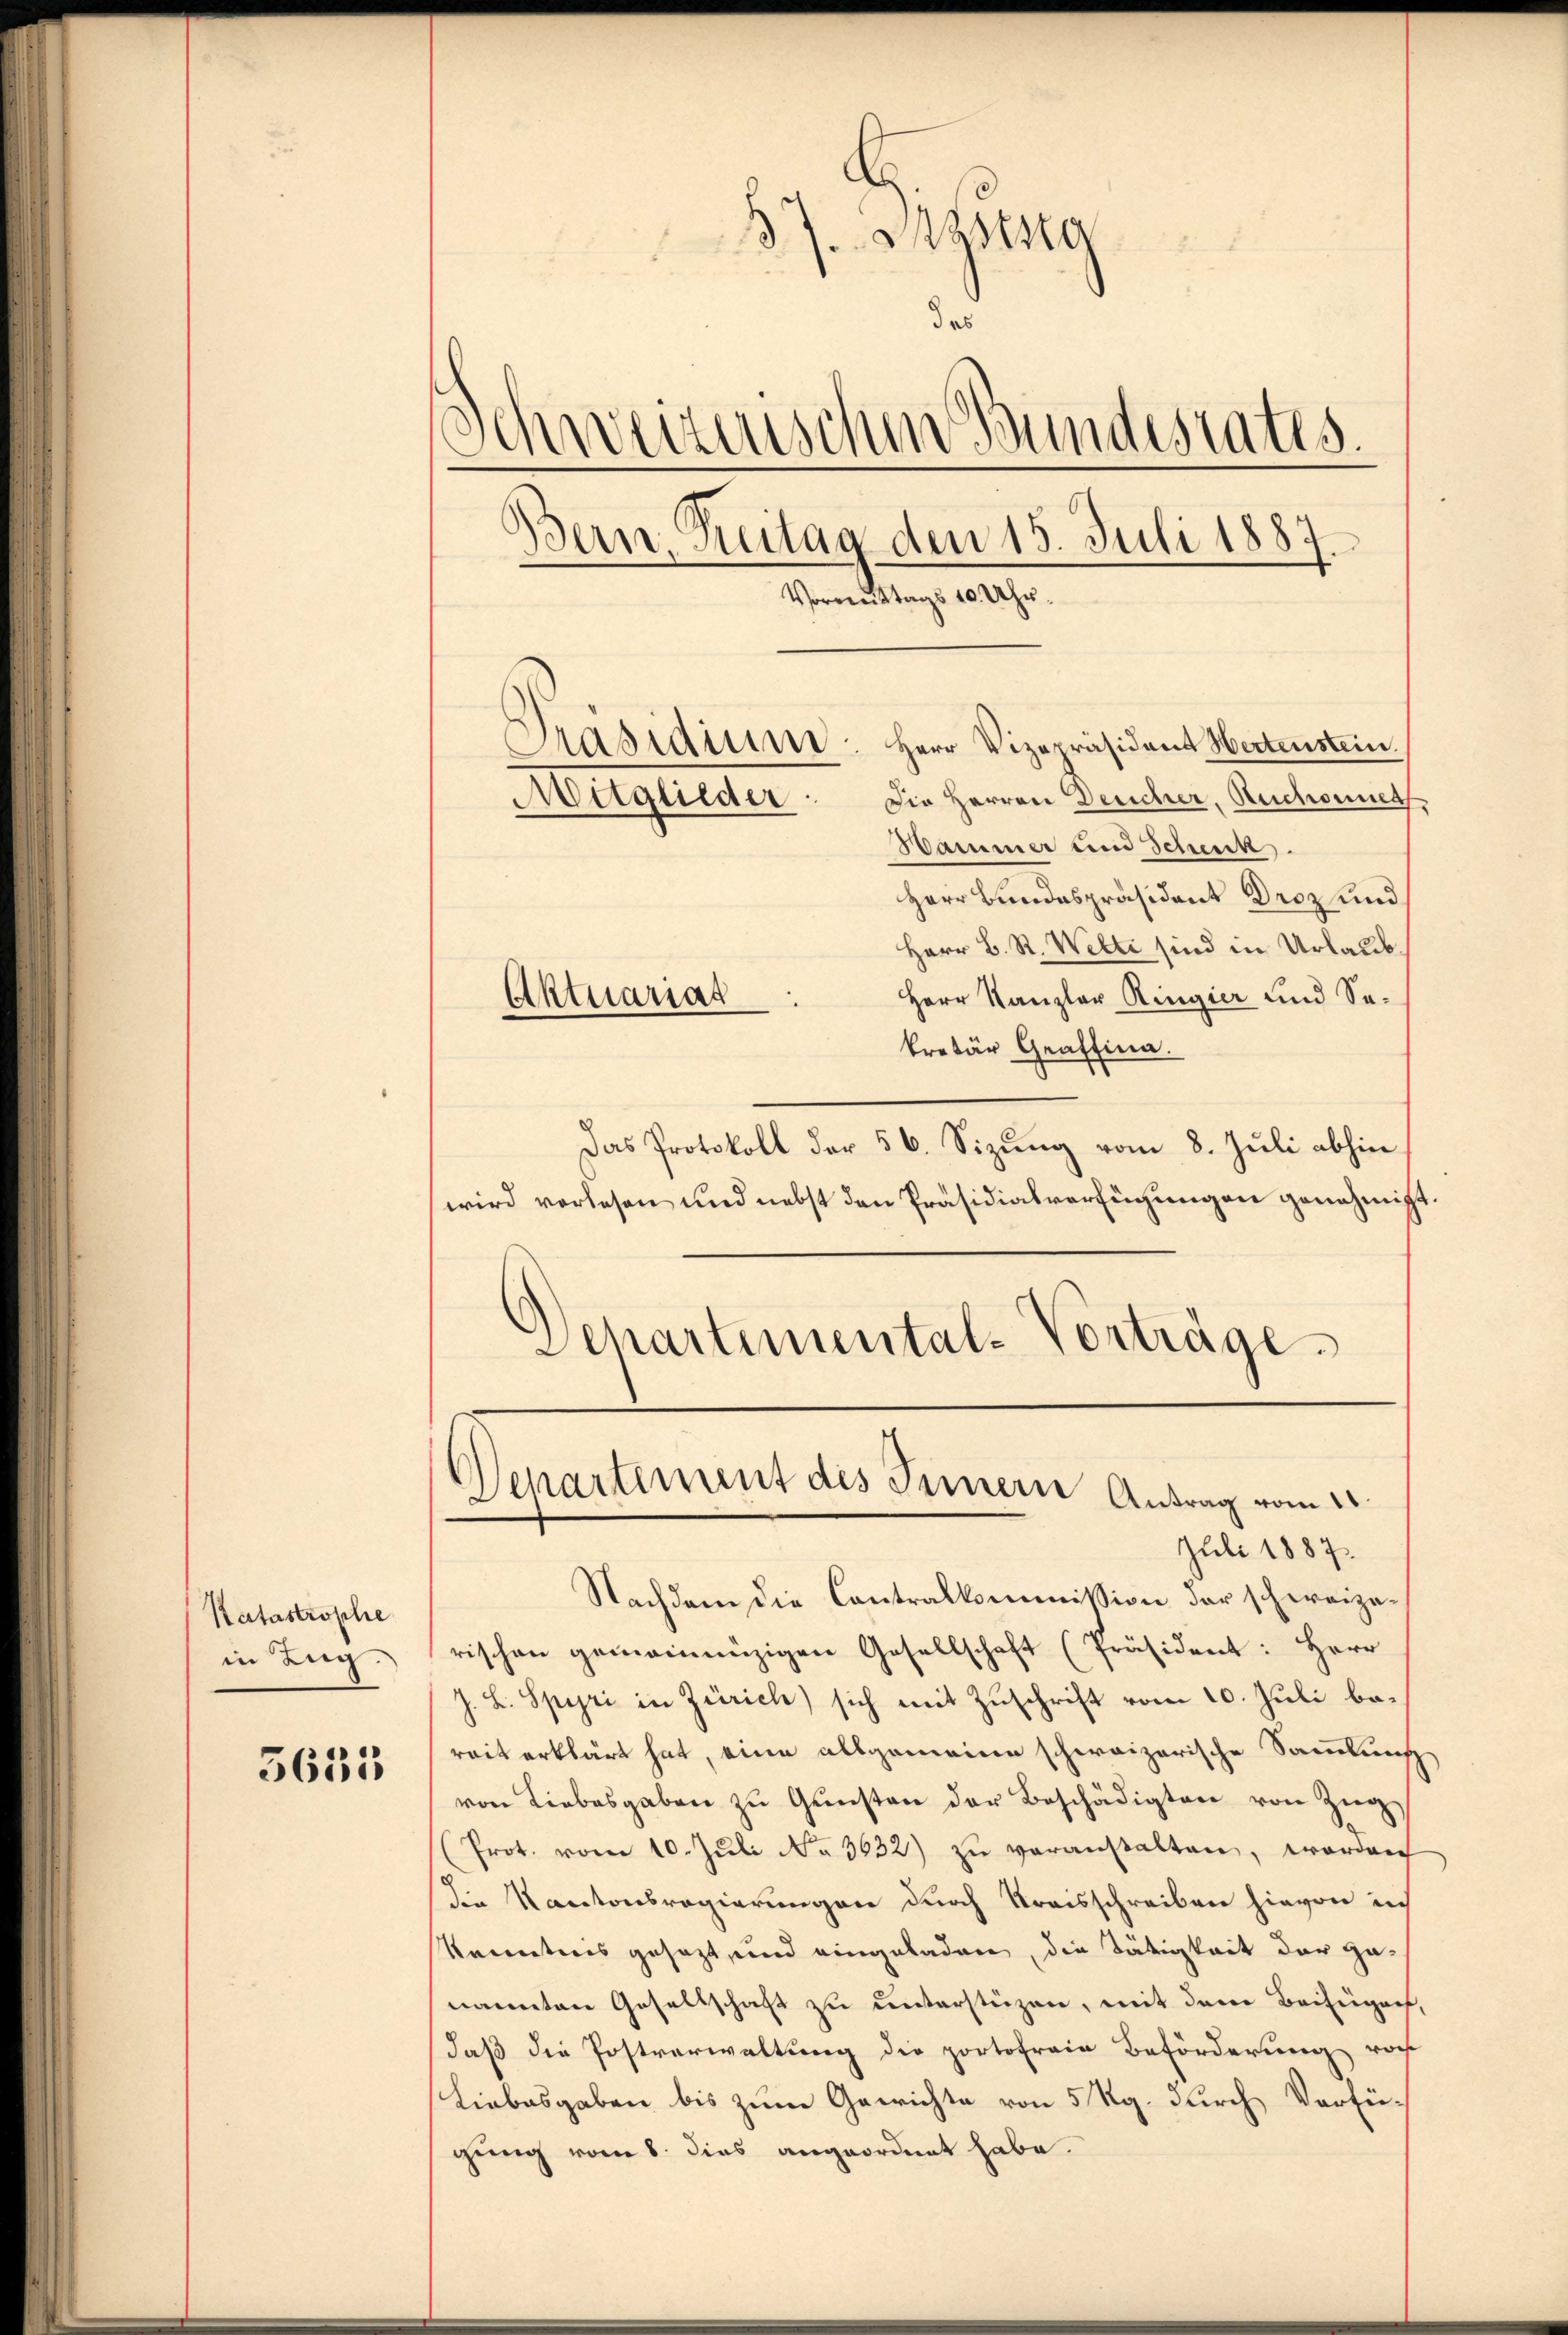
Katastrophe
in Zug.

3633

B7 Mgstsa
da
Schweizerischen Bundesrates.
Bern, Reitag den 15. Juli 1887.
Vormittags 10 Uhr.
Herr Vizepräsidant Hertenstein.
Präsidium
Die Herren Deucher, Ruchonnes,
Mitglieder
Hammer und Schenk.

Herr Bundespräsident Droz und
Herr B. R. Welte sind in Urlaub¬
Aktuariat
Herr Kanzler Ringier und Se-
kretär Graffier.
Das Protokoll der 56. Sizŭng vom 8. Juli abhin
wird vorlesen und nebst den Präsidialverfügungen genehmigt
Departemental-Vorträge.

Departement des Innern Antrag vom 21.
Juli 1887.

Nachdem die Contralkommißion der schweizerischen gemeinnüzigen Gesellschaft (Präsident: Herr
J. L. Spyri in Zürich) sich mit Zuschrift vom 10. Juli bereit erklärt hat, eine allgemeine schweizerische Sammlung
von Liebesgaben zŭ Gŭnsten der Beschädigten von Zŭg,
(Prot. vom 10. Jŭli No 3632) zŭ veranstalten, worden
die Kantonsregierungen durch Kreisschreiben hievon in
Kenntnis gesezt, und eingeladen, die Tätigkeit der Ganannten Gesellschaft zu unterstüzen, mit dem Beifügen,
daß die Postverwaltung die portofreie Beförderung von
Liebesgaben bis zum Gewichte von 5 Rg. durch Verfü-
gung vom 8. dies angeordnet habe.